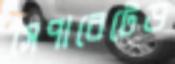
সেপারেটেড